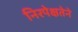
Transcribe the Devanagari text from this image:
निरपेक्षतेने